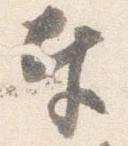
奉